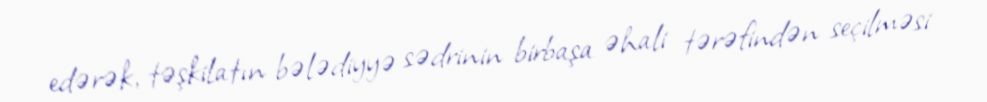
edərək, təşkilatın bələdiyyə sədrinin birbaşa əhali tərəfindən seçilməsi